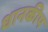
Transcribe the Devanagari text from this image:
धानकीप